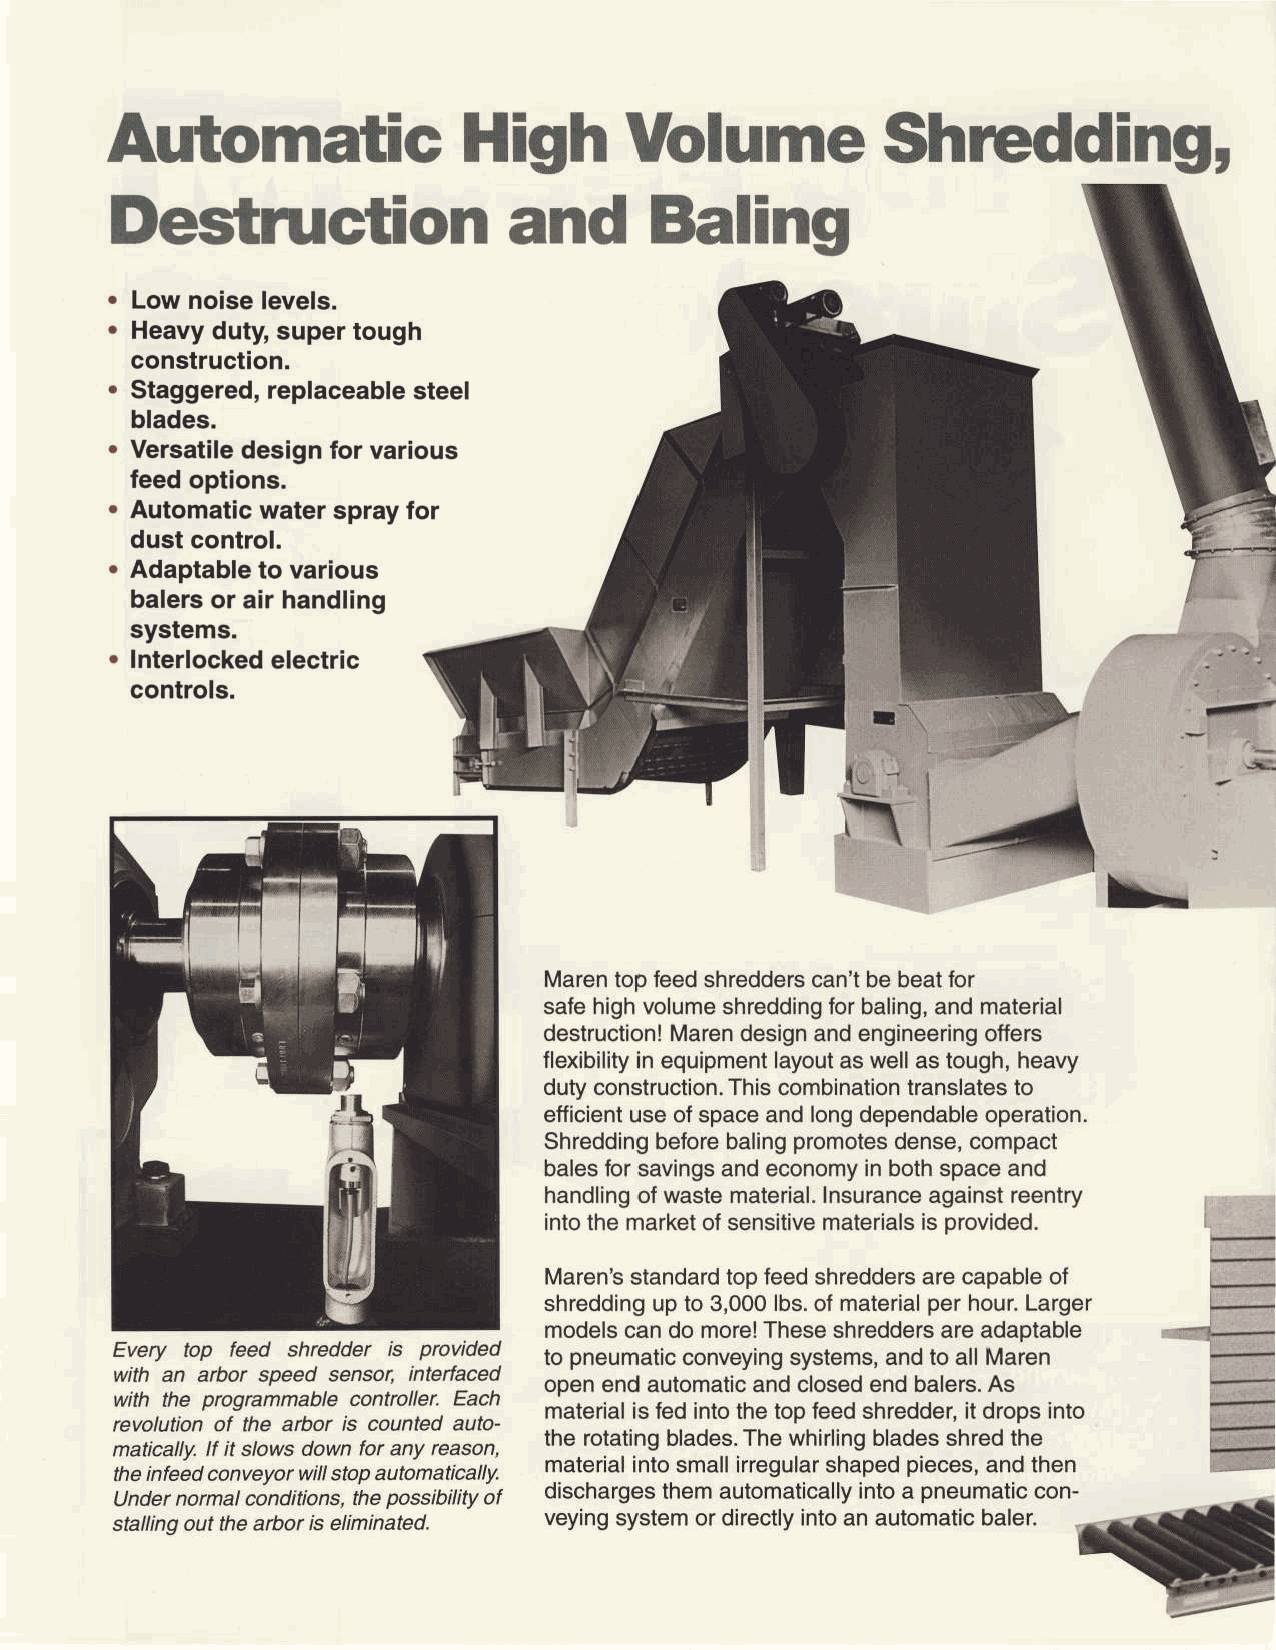
Automatic               High      VolumeS              hrcddingr
 Destructiona                  nd    Baling
 a Low noise levels.
 a Heavyd uty,s uper tough
 construction.
 Staggeredr,e placeables teel
 blades.
 Versatiled esignf or various
 feed options.
 Automaticw ater sprayf or
 dust control.
 Adaptablet o various
 balerso r air handling
 systems.                                                                  ,, ,li
 - ..:"
 Interlockede lectric                                             ,,&    - . }iil -i '-:
 controls.                                                             r . ,. ,l ,.l .:\ |., i. t": ,1 : _: : ,i
 i ,,,1
 ilcir
 '*i t lr l'l'lL'l*
 /iar,                .   \*g
 I
 Marent op feeds hreddersc an'tb e beatf or
 safe highv olumes hreddingfo r baling,a nd material
 destructionM! arend esigna nd engineeringo ffers
 flexibilityin equipmentla youta s well as tough,h eavy
 duty constructionT.h is combinationtr anslatest o
 efficientu se of spacea nd longd ependableo peration.
 Shreddingb eforeb alingp romotesd ense,c ompact
 balesf or savingsa nd economyi n boths pacea nd
 handlingo f wastem ateriall.n surancea gainstr eentry
 intot he marketo f sensitivem aterialsis provided.
 Maren'ss tandardt op feed shreddersa re capableo f l-
 shreddingu p to 3,000l bs.o f materialp er hour.L arger i-
 modelsc an do more!Theses hreddersa re adaptable fi"1$-i ,...-.:*
 Every top feed shredder is provided to pneumaticc onveyings ystems,a nd to all Maren
 with an arbor speed sensor, interfaced
 open end automatica nd closede nd balers.A s
 with the programmable controller. Each
 materiali s fed intot he top feeds hredder,it drops into
 revolution of the arbor is counted auto-
 the rotatingb ladesT. he whirlingb ladess hredt he
 matically. lf it slows down for any reason,
 materiali ntos malli rregulars hapedp ieces,a nd then
 the infeed conveyor willstop automatically.
 Under normal conditions, the possibility of dischargesth em automaticalliyn toa pneumaticc on-
 stalling out the arbor is eliminated. veyings ystemo r directlyi ntoa n automaticb aler. .r::